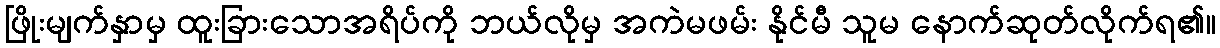
ဖြိုးမျက်နှာမှ ထူးခြားသောအရိပ်ကို ဘယ်လိုမှ အကဲမဖမ်း နိုင်မီ သူမ နောက်ဆုတ်လိုက်ရ၏။